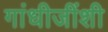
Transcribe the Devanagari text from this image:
गांधीजींशी